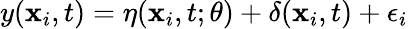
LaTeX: y(\mathbf{x}_{i},t)=\eta(\mathbf{x}_{i},t;\theta)+\delta(\mathbf{x}_{i},t)+\epsilon_{i}